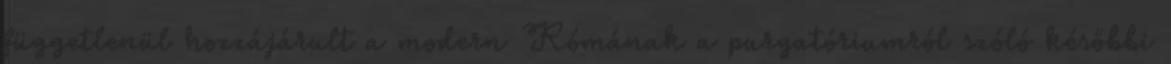
függetlenül hozzájárult a modern Rómának a purgatóriumról szóló későbbi